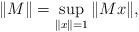
LaTeX: \begin{align*}\|M\|=\sup_{\|x\|=1}\|Mx\|,\end{align*}